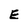
Character: E